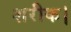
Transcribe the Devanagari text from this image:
शरीक।